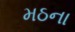
મઠના